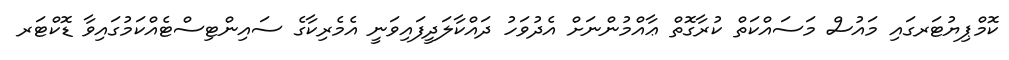
ކޮމްޕިޔުޓަރގައި މައުސް މަސައްކަތް ކުރާގޮތް ޢާއްމުންނަށް އެދުވަހު ދައްކާލަދީފައިވަނީ އެމެރިކާގެ ސައިންޓިސްޓެއްކަމުގައިވާ ޑޮކްޓަރ